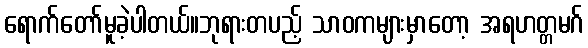
ရောက်တော်မူခဲ့ပါတယ်။ဘုရားတပည့် သာဝကများမှာတော့ အရဟတ္တမဂ်